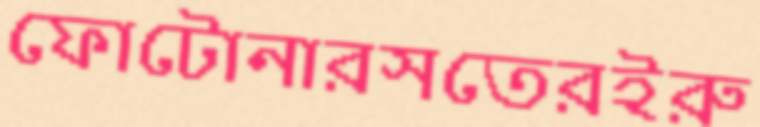
ফোটোনারসতেরইরু